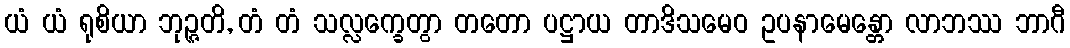
ယံ ယံ ရုစိယာ ဘုဉ္ဇတိ, တံ တံ သလ္လက္ခေတွာ တတော ပဋ္ဌာယ တာဒိသမေဝ ဥပနာမေန္တော လာဘဿ ဘာဂီ